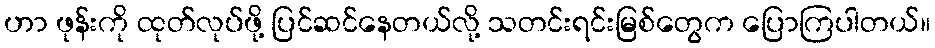
ဟာ ဖုန်းကို ထုတ်လုပ်ဖို့ ပြင်ဆင်နေတယ်လို့ သတင်းရင်းမြစ်တွေက ပြောကြပါတယ်။